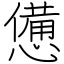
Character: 憊